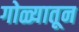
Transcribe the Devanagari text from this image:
गोळ्यातून